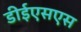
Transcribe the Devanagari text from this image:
डीईएसएस